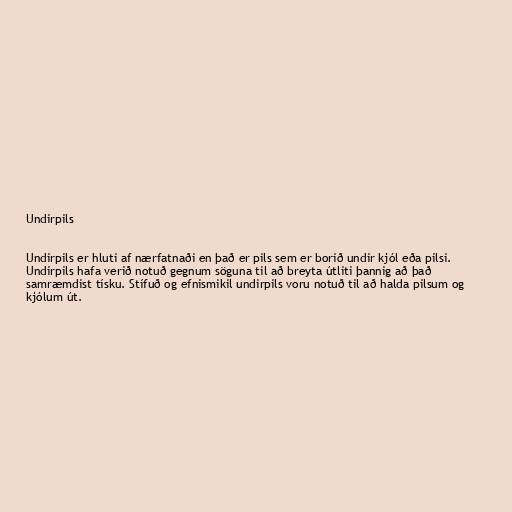
Undirpils

Undirpils er hluti af nærfatnaði en það er pils sem er borið undir kjól eða pilsi.
Undirpils hafa verið notuð gegnum söguna til að breyta útliti þannig að það
samræmdist tísku. Stífuð og efnismikil undirpils voru notuð til að halda pilsum og
kjólum út.